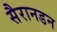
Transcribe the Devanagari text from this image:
सैरानडन